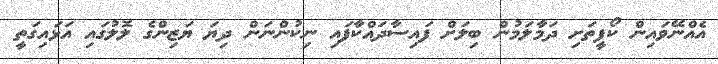
އެއްނޭވައިން ކޯފީތަށި ދަމާލަމުން ބިލަށް ފައިސާދައްކާފައި ނިކުންނަން ދިޔަ ޔަޒިންގެ ލޮލުގައި އަޅައިގަތީ